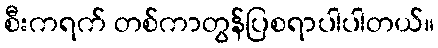
စီးကရက် တစ်ကာတွန်ပြစရာပါပါတယ်။